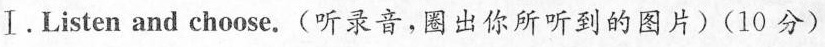
Ⅰ. Listen and choose.(听录音,圈出你所听到的图片)(10 分)